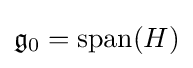
{\mathfrak {g}}_{0}={\textrm {span}}(H)